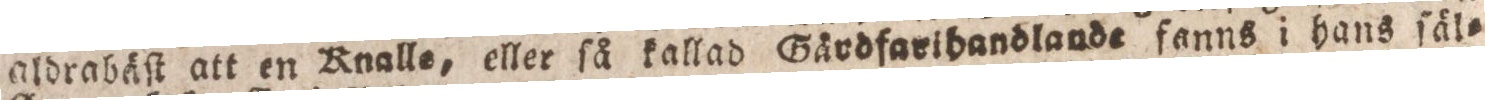
aldrabäſt att en Knalle, eller ſå kallad Gärdfaribandlande fanns i hans ſäl=